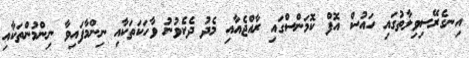
އިނގެރޭސިވިލާތުގައި ހައުސް އޮފް ކޮމަންސްގައި ރާއްޖެއާއި މެދު ދެކެވުނު ވާހަކަތަކާއި ނިންމާފައިވާ ނިންމުންތަކާއި